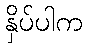
နှိပ်ပါက